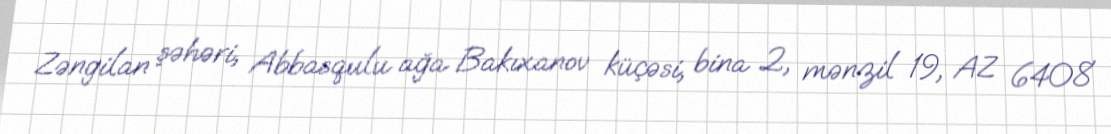
Zəngilan şəhəri, Abbasqulu ağa Bakıxanov küçəsi, bina 2, mənzil 19, AZ 6408